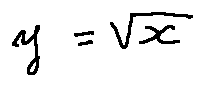
y = \sqrt { x }